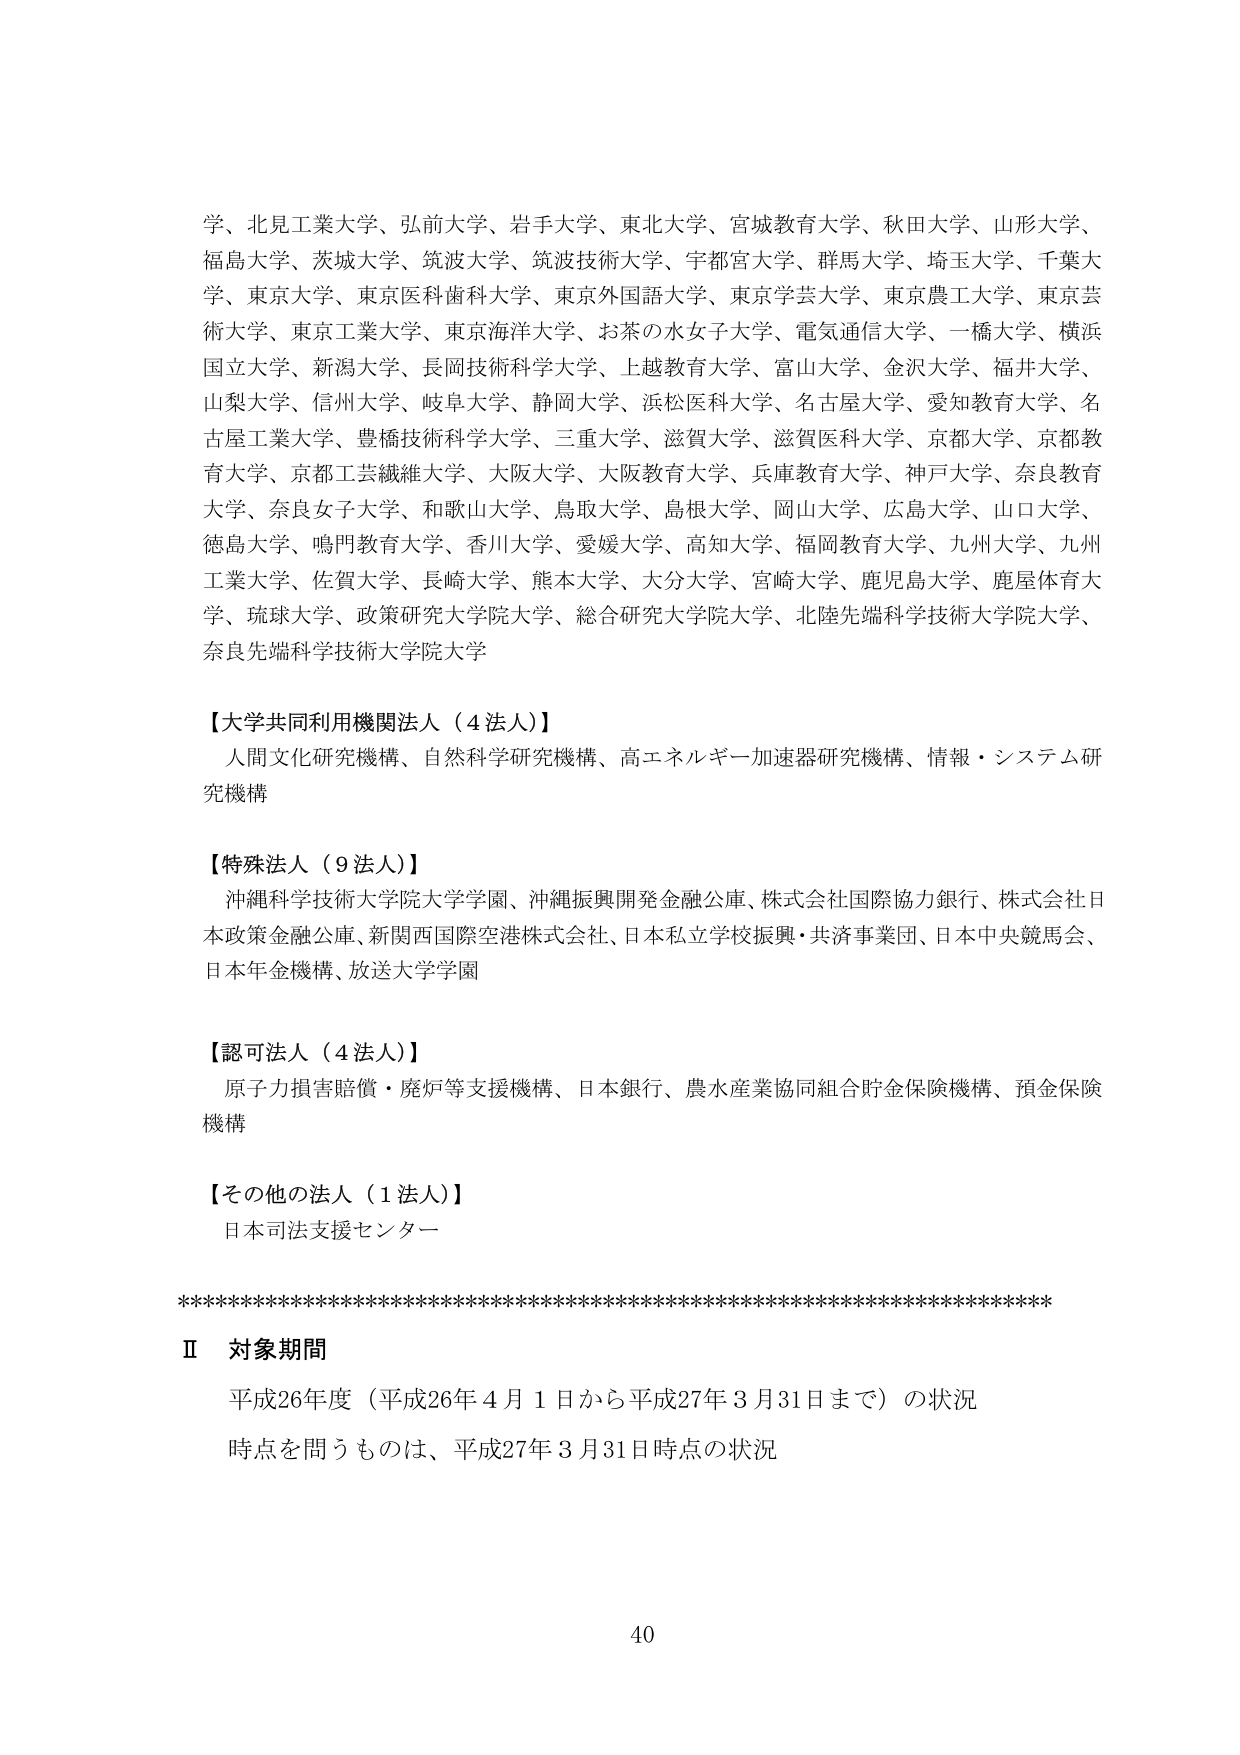
学、北見工業大学、弘前大学、岩手大学、東北大学、宮城教育大学、秋田大学、山形大学、福島大学、茨城大学、筑波大学、筑波技術大学、宇都宮大学、群馬大学、埼玉大学、千葉大学、東京大学、東京医科歯科大学、東京外国語大学、東京学芸大学、東京農工大学、東京芸術大学、東京工業大学、東京海洋大学、お茶の水女子大学、電気通信大学、一橋大学、横浜国立大学、新潟大学、長岡技術科学大学、上越教育大学、富山大学、金沢大学、福井大学、山梨大学、信州大学、岐阜大学、静岡大学、浜松医科大学、名古屋大学、愛知教育大学、名古屋工業大学、豊橋技術科学大学、三重大学、滋賀大学、滋賀医科大学、京都大学、京都教育大学、京都工芸繊維大学、大阪大学、大阪教育大学、兵庫教育大学、神戸大学、奈良教育大学、奈良女子大学、和歌山大学、鳥取大学、島根大学、岡山大学、広島大学、山口大学、徳島大学、鳴門教育大学、香川大学、愛媛大学、高知大学、福岡教育大学、九州大学、九州工業大学、佐賀大学、長崎大学、熊本大学、大分大学、宮崎大学、鹿児島大学、鹿屋体育大学、琉球大学、政策研究大学院大学、総合研究大学院大学、北陸先端科学技術大学院大学、奈良先端科学技術大学院大学

【大学共同利用機関法人（4法人）】
人間文化研究機構、自然科学研究機構、高エネルギー加速器研究機構、情報・システム研究機構

【特殊法人（9法人）】
沖縄科学技術大学院大学学園、沖縄振興開発金融公庫、株式会社国際協力銀行、株式会社日本政策金融公庫、新関西国際空港株式会社、日本私立学校振興・共済事業団、日本中央競馬会、日本年金機構、放送大学学園

【認可法人（4法人）】
原子力損害賠償・廃炉等支援機構、日本銀行、農水産業協同組合貯金保険機構、預金保険機構

【その他の法人（1法人）】
日本司法支援センター

**********************************************************************
Ⅱ 対象期間
平成26年度（平成26年4月1日から平成27年3月31日まで）の状況
時点を問うものは、平成27年3月31日時点の状況

40